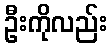
ဦးကိုလည်း